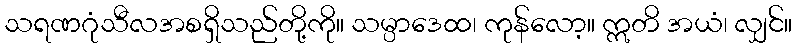
သရဏဂုံသီလအစရှိသည်တို့ကို။ သမ္ပာဒေထ၊ ကုန်လော့။ ဣတိ အယံ၊ လျှင်။